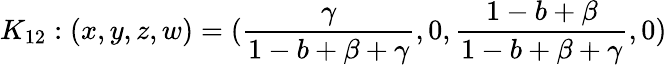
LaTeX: K_{12}:(x,y,z,w)=(\frac{\gamma}{1-b+\beta+\gamma},0,\frac{1-b+\beta}{1-b+\beta+\gamma},0)